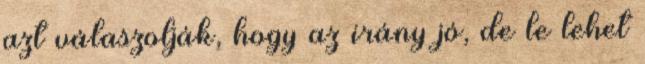
azt válaszolják, hogy az irány jó, de le lehet